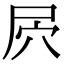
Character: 屄